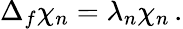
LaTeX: \Delta_{f}\chi_{n}=\lambda_{n}\chi_{n}\, .